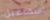
اسماعيل